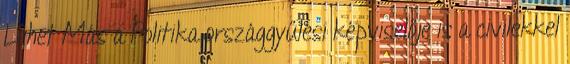
Lehet Más a Politika országgyűlési képviselője is a civilekkel